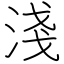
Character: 淺